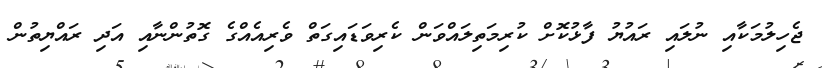
ޖެހިލުމަކާއި ނުލައި ރައުޔު ފާޅުކޮށް ކުރިމަތިލައްވަން ކެރިވަޑައިގަތް ވެރިއެއްގެ ގޮތުންނާއި އަދި ރައްޔިތުން